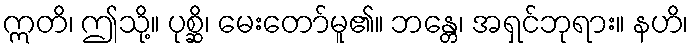
ဣတိ၊ ဤသို့။ ပုစ္ဆိ၊ မေးတော်မူ၏။ ဘန္တေ၊ အရှင်ဘုရား။ နဟိ၊